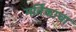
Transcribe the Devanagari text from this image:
मर्तिकाचा